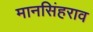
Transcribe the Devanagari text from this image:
मानसिंहराव